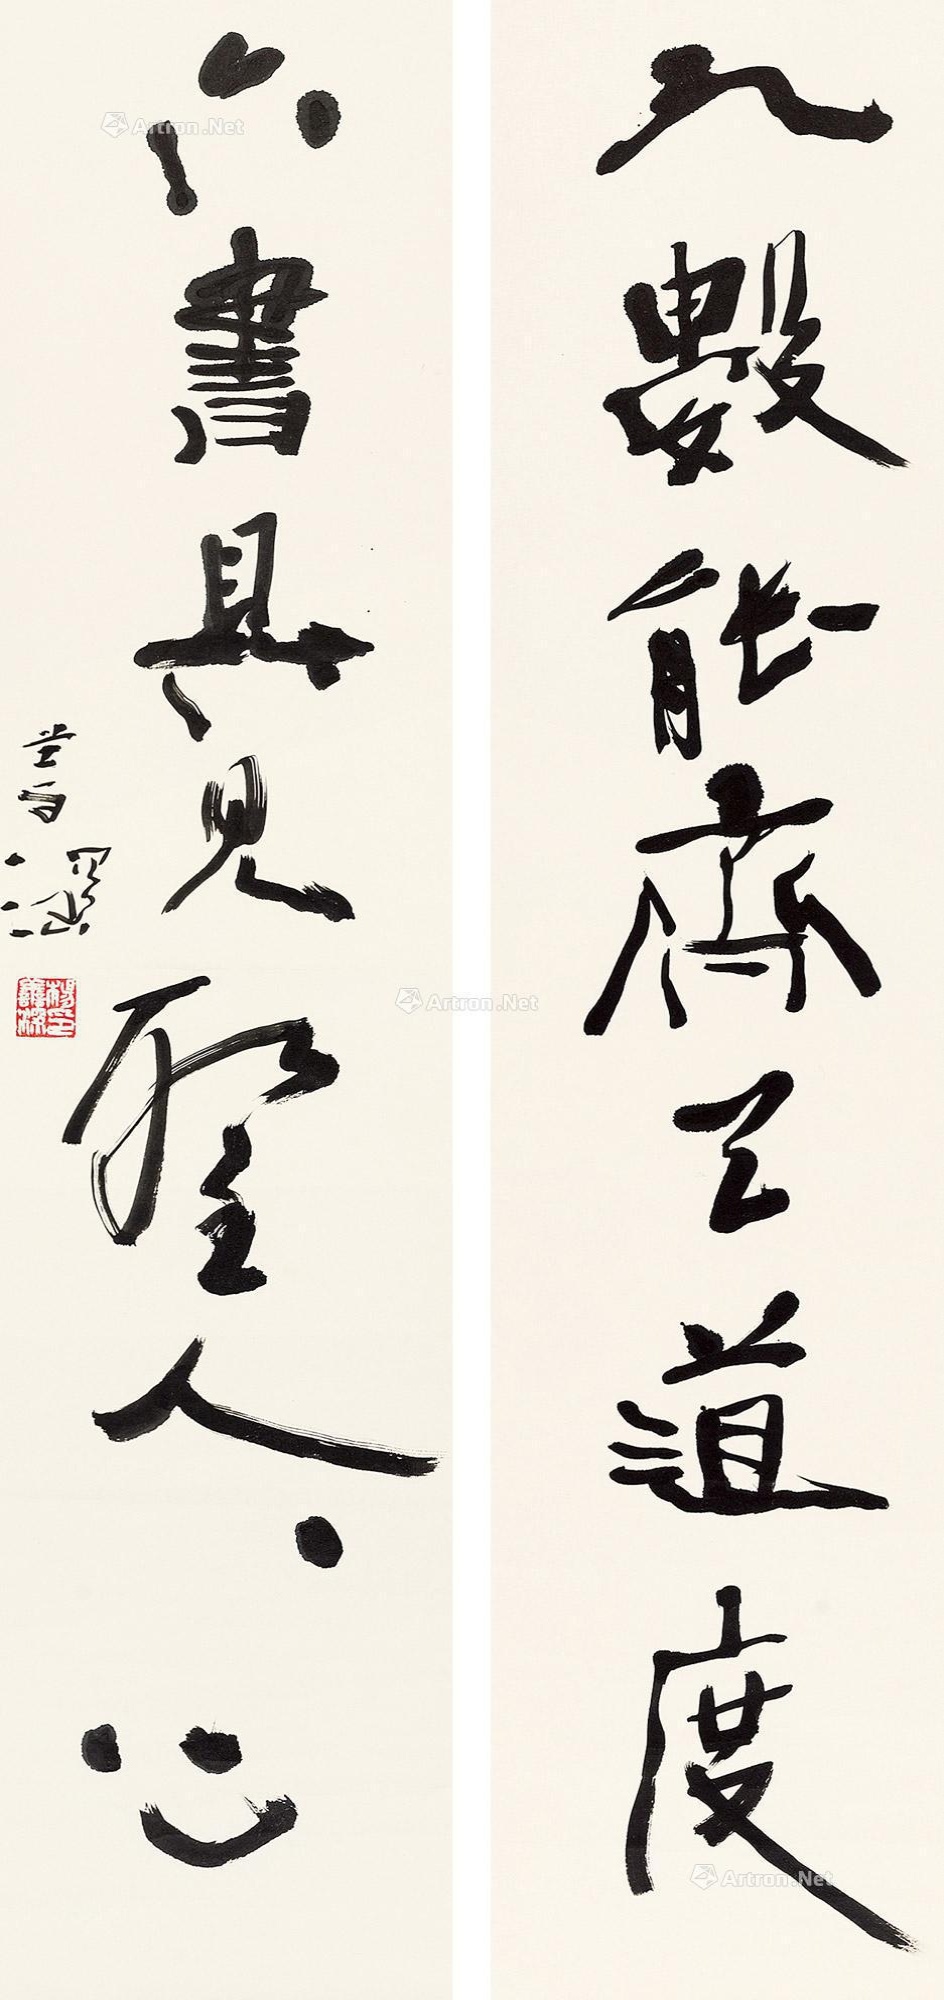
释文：九数能齐天道度，六书具见圣人心。善深